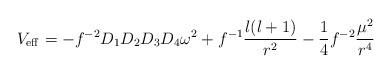
LaTeX: \begin{align*}V_{\rm eff} = -f^{-2} D_1 D_2 D_3 D_4 \omega^2 + f^{-1}{l(l+1)\over r^2}-{1\over 4}f^{-2}{\mu^2\over r^4}\end{align*}